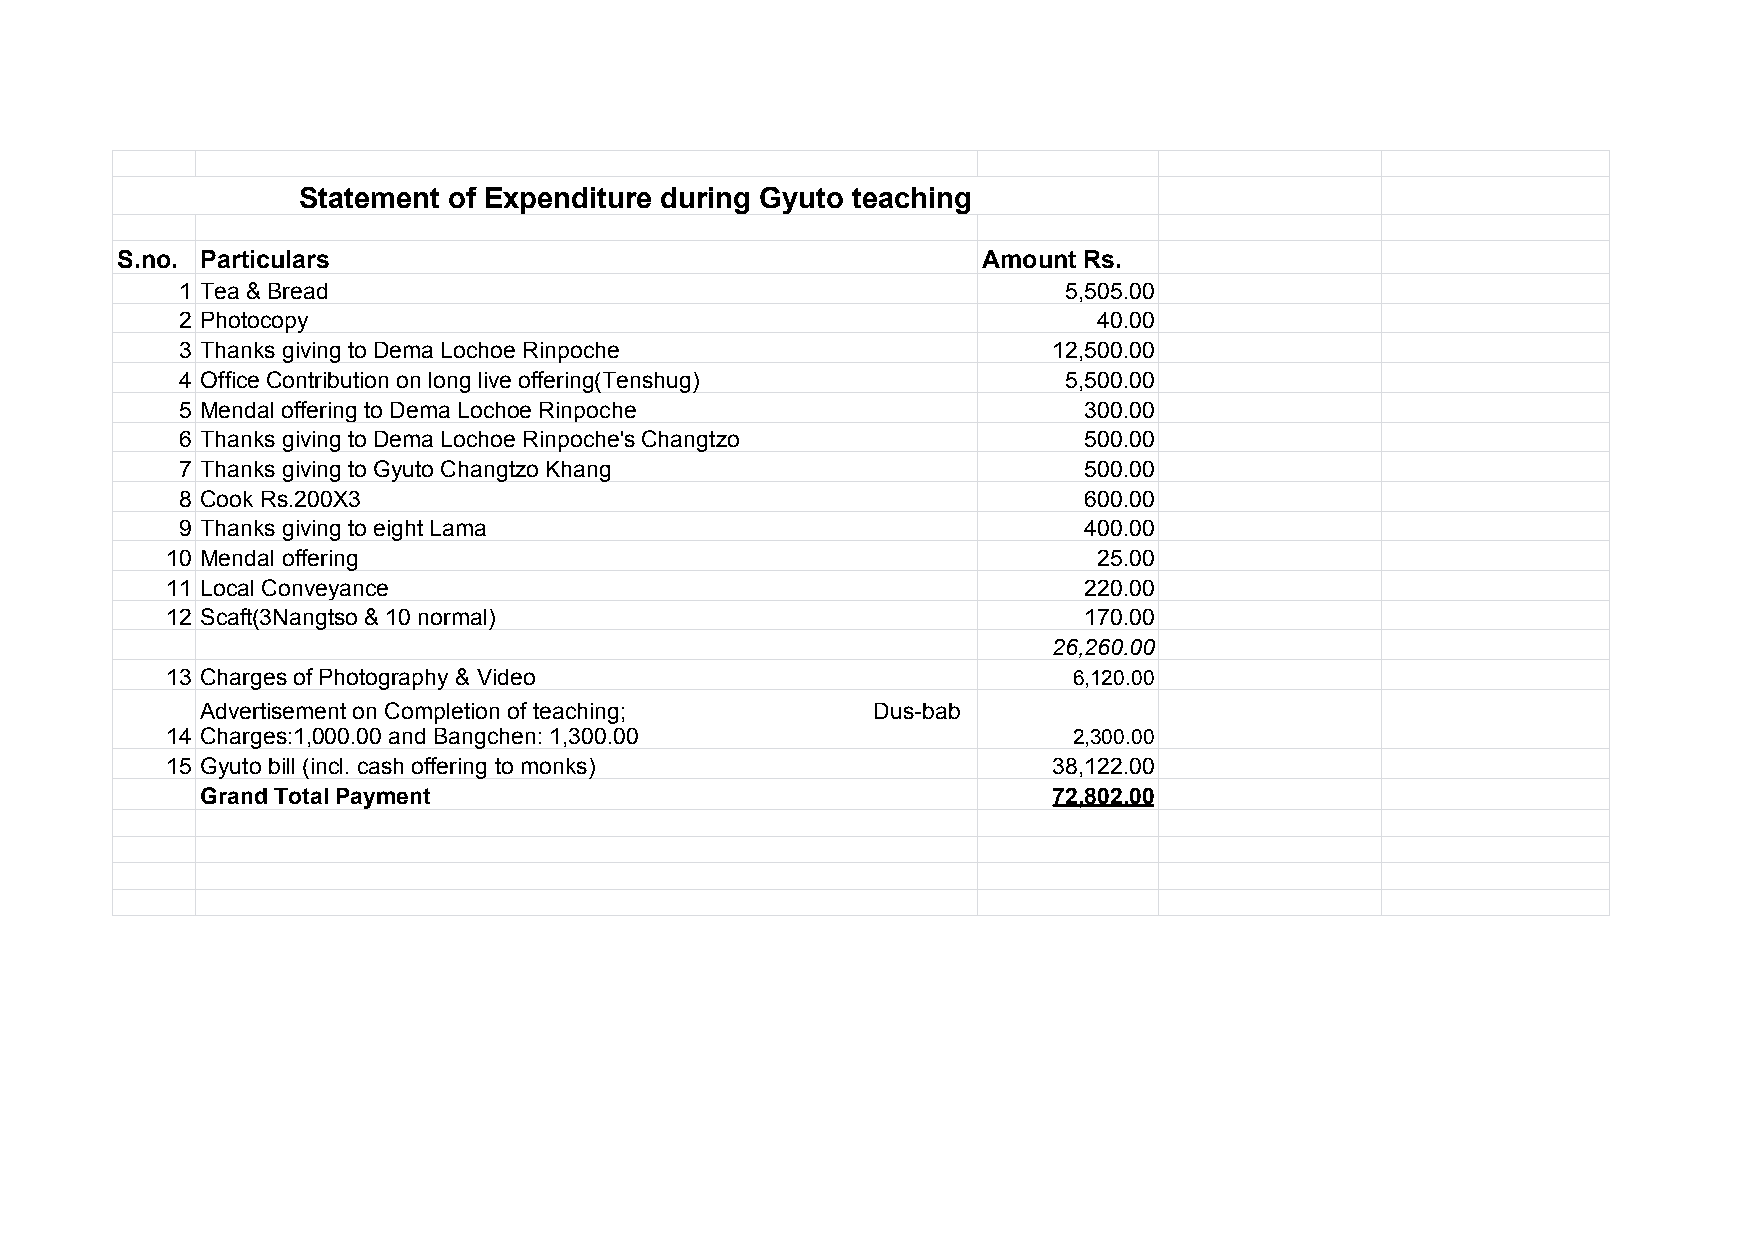
SSStttaaattteeemmmeeennnttt ooofff EEExxxpppeeennndddiiitttuuurrreee ddduuurrriiinnnggg GGGyyyuuutttooo ttteeeaaaccchhhiiinnnggg
 S.no. Particulars                                        Amount Rs.
 1 Tea & Bread                                             5,505.00
 2 Photocopy                                                  40.00
 3 Thanks giving to Dema Lochoe Rinpoche                   12,500.00
 4 Office Contribution on long live offering(Tenshug)      5,500.00
 5 Mendal offering to Dema Lochoe Rinpoche                   300.00
 6 Thanks giving to Dema Lochoe Rinpoche's Changtzo          500.00
 7 Thanks giving to Gyuto Changtzo Khang                     500.00
 8 Cook Rs.200X3                                             600.00
 9 Thanks giving to eight Lama                               400.00
 10 Mendal offering                                            25.00
 11 Local Conveyance                                          220.00
 12 Scaft(3Nangtso & 10 normal)                               170.00
 26,260.00
 13 Charges of Photography & Video                           6,120.00
 Advertisement on Completion of teaching;     Dus-bab
 14 Charges:1,000.00 and Bangchen: 1,300.00                  2,300.00
 15 Gyuto bill (incl. cash offering to monks)               38,122.00
 Grand Total Payment                                      72,802.00